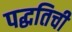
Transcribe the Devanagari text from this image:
पद्धतिची